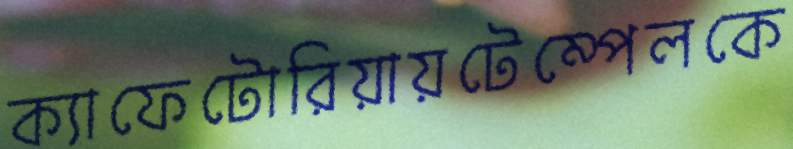
ক্যাফেটোরিয়ায়টেম্পেলকে